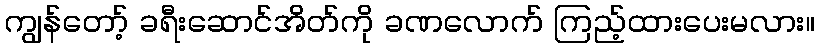
ကျွန်တော့် ခရီးဆောင်အိတ်ကို ခဏလောက် ကြည့်ထားပေးမလား။